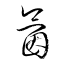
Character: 氤